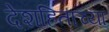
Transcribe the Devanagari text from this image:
देशहिताच्या